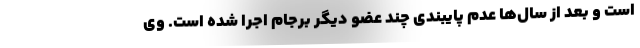
است و بعد از سال‌ها عدم پایبندی چند عضو دیگر برجام اجرا شده است. وی